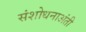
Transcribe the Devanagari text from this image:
संशोधनाअंती